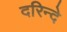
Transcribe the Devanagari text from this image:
दरिन्दे